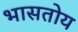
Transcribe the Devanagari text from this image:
भासतोय